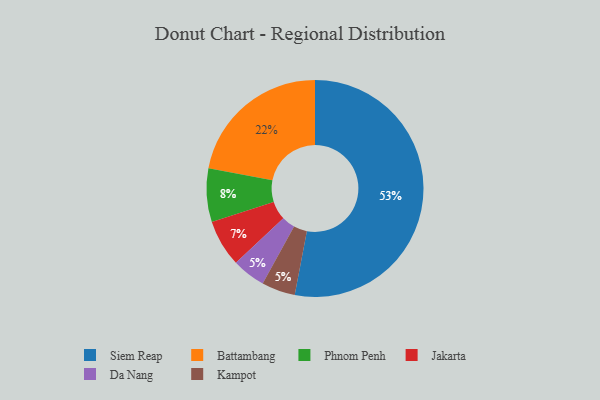
{"axis": {"x": "Category", "y": "Percentage"}, "legend": ["Battambang", "Da Nang", "Jakarta", "Kampot", "Phnom Penh", "Siem Reap"], "data": [{"x": "Phnom Penh", "y": 8, "type": "Phnom Penh"}, {"x": "Da Nang", "y": 5, "type": "Da Nang"}, {"x": "Jakarta", "y": 7, "type": "Jakarta"}, {"x": "Siem Reap", "y": 53, "type": "Siem Reap"}, {"x": "Kampot", "y": 5, "type": "Kampot"}, {"x": "Battambang", "y": 22, "type": "Battambang"}]}